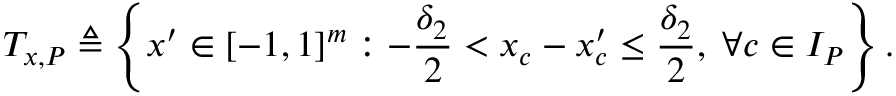
T _ { x , P } \triangleq \left\{ x ^ { \prime } \in [ - 1 , 1 ] ^ { m } : - \frac { \delta _ { 2 } } { 2 } < x _ { c } - x _ { c } ^ { \prime } \leq \frac { \delta _ { 2 } } { 2 } , \; \forall c \in I _ { P } \right\} .